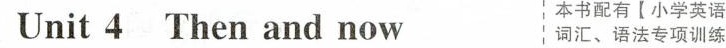
Unit 4 Then and now 本书配有【小学英语 词汇、语法专项训练